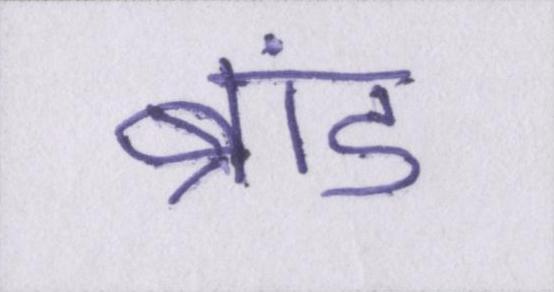
ब्रांड